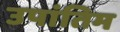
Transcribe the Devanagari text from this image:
उपांतिम